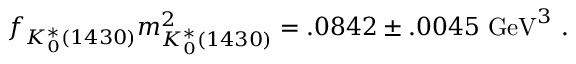
f _ { K _ { 0 } ^ { * } ( 1 4 3 0 ) } m _ { K _ { 0 } ^ { * } ( 1 4 3 0 ) } ^ { 2 } = . 0 8 4 2 \pm . 0 0 4 5 \ \mathrm { G e V } ^ { 3 } \ .